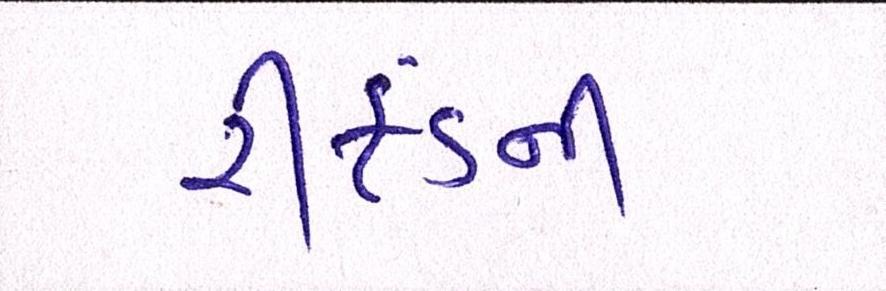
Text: રીફંડની